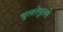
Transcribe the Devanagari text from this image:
चुलतेपुतणे